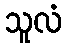
သူလံ